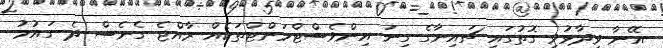
އޭނާ ވިދާޅުވި ގޮތުގައި ޗައިނާގެ ގިނަ އިންވެސްޓްމަންޓްތަކެއް ރާއްޖެ ގެނެސް ދެ ގައުމު